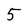
Character: 5